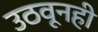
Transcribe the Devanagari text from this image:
उठवूनही